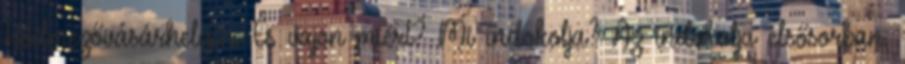
Hódmezővásárhelyen. És vajon miért? Mi indokolja? Az indokolja elsősorban,